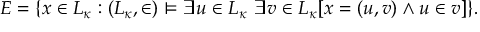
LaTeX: E = \{ x \in L _ { \kappa } : ( L _ { \kappa } , \in ) \models \exists u \in L _ { \kappa } \ \exists v \in L _ { \kappa } [ x = ( u , v ) \land u \in v ] \} .